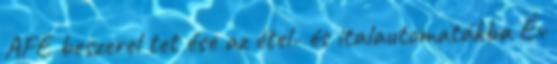
AFE beszerel tet ése az étel- és italautomatákba Év